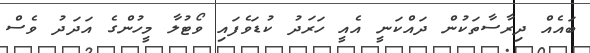
ބައެއް ދިރާސާތަކުން ދައްކަނީ އެއީ ހަރަދު ކުޑަވެފައި ވޯޓުލާ މީހުންގެ އަދަދު ވެސް